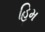
હિમ